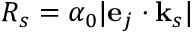
{ \cal R } _ { s } = \alpha _ { 0 } | \mathbf { e } _ { j } \cdot \mathbf { k } _ { s } |